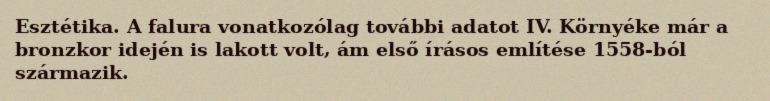
Esztétika. A falura vonatkozólag további adatot IV. Környéke már a bronzkor idején is lakott volt, ám első írásos említése 1558-ból származik.